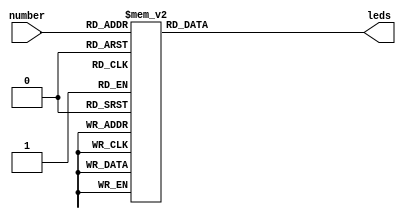
`timescale 1ns / 1ps
//////////////////////////////////////////////////////////////////////////////////
// Company: 
// Engineer: 
// 
// Design Name: 
// Module Name:    seg 
// Project Name: 
// Target Devices: 
// Tool versions: 
// Description: 
//
// Dependencies: 
//
// Revision: 
// Revision 0.01 - File Created
// Additional Comments: 
//
//////////////////////////////////////////////////////////////////////////////////
module segments(
	input [3:0] number,
	output reg [6:0] leds
    );

always@*
begin
	case(number)
	4'h0: leds = 7'b1111110;
	4'h1: leds = 7'b0110000;
	4'h2: leds = 7'b1101101;
	4'h3: leds = 7'b1111001;
	4'h4: leds = 7'b0110011;
	4'h5: leds = 7'b1011011;
	4'h6: leds = 7'b1011111;
	4'h7: leds = 7'b1110000;
	4'h8: leds = 7'b1111111;
	4'h9: leds = 7'b1111011;
	4'ha: leds = 7'b1110111;
	4'hb: leds = 7'b0011111;
	4'hc: leds = 7'b0001101;
	4'hd: leds = 7'b0111101;
	4'he: leds = 7'b1001111;
	4'hf: leds = 7'b1000111;
	endcase
end

endmodule